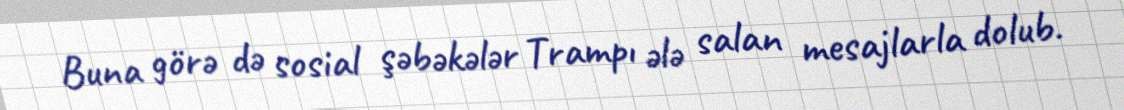
Buna görə də sosial şəbəkələr Trampı ələ salan mesajlarla dolub.